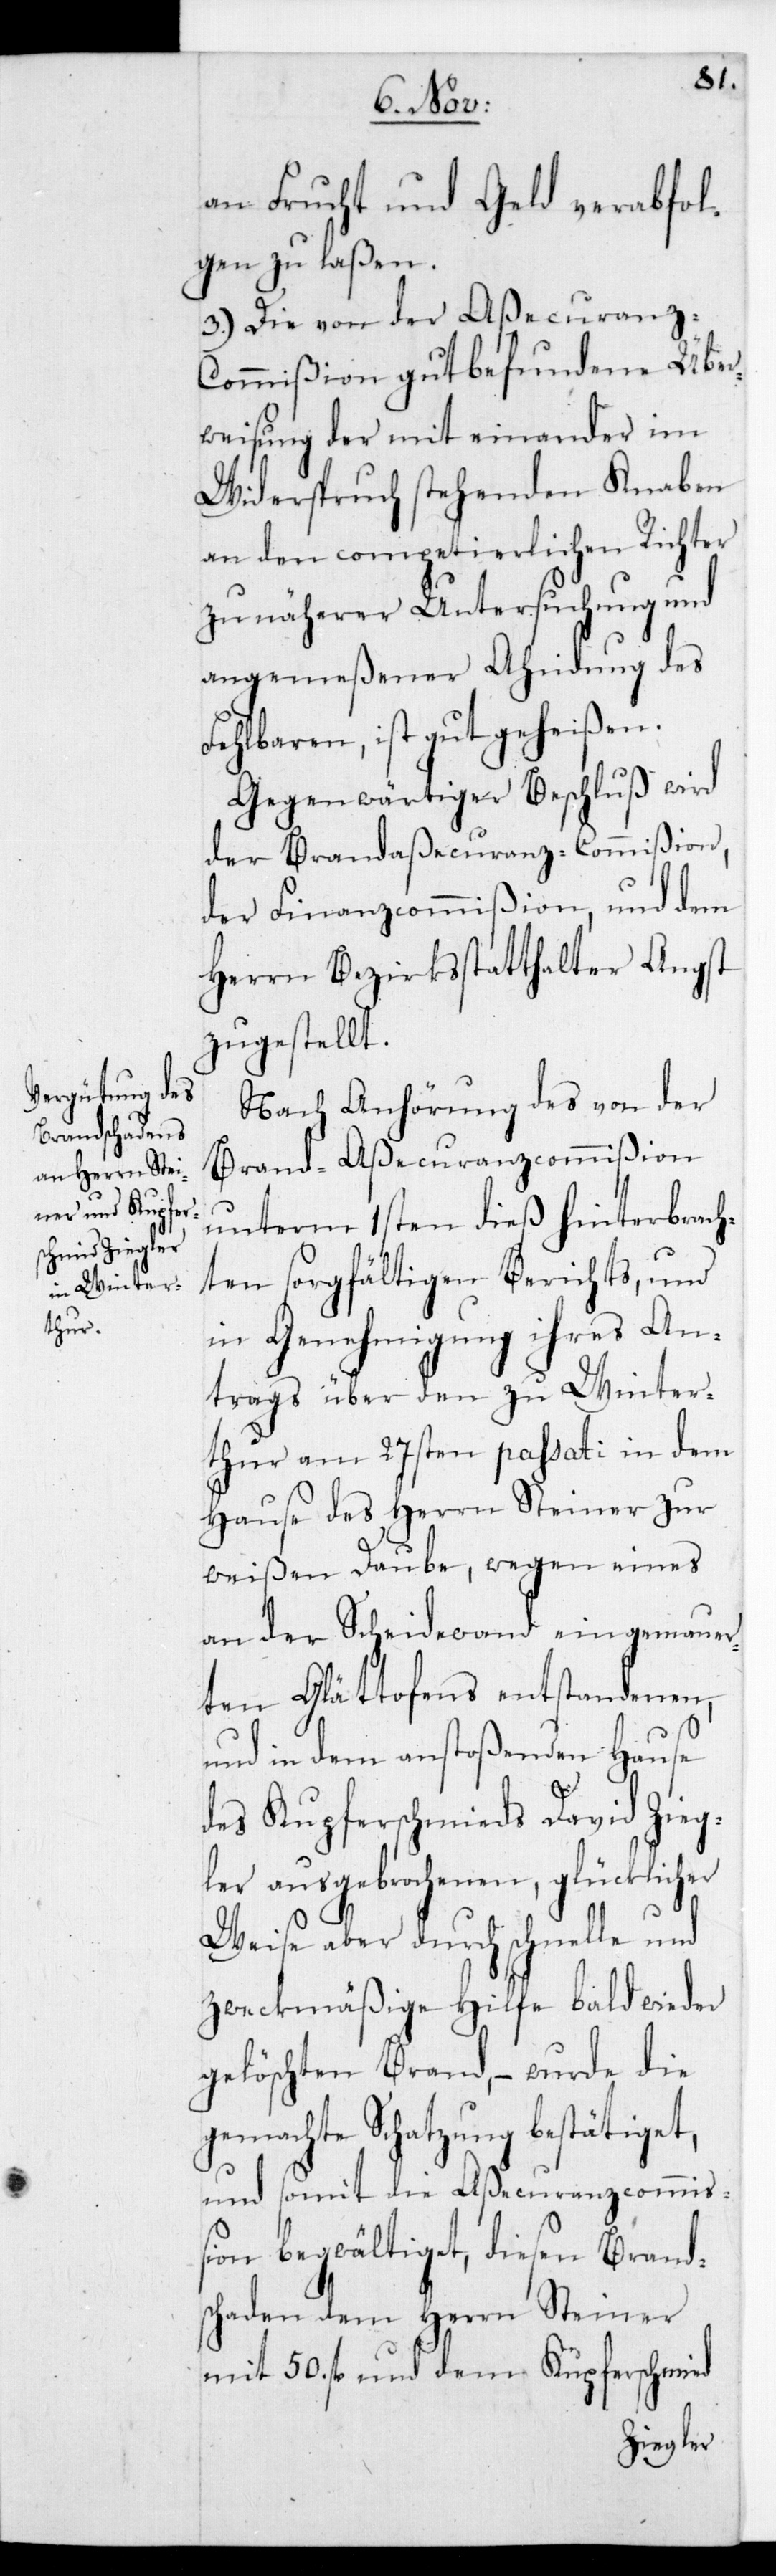
an Frucht und Geld verabfol¬
gen zu laßen.
3.) Die von der Aßecuranz-C¬
ommißion gutbefundene Über¬
weisung der miteinander im
Widerspruch stehenden Knaben
an den competierlichen Richter
zu näherer Untersuchung und
angemeßener Ahndung des
Fehlbaren, ist gutgeheißen.
Gegenwärtiger Beschluß wird
der Brandaßecuranz-Commißion,
der Finanzcommißion und dem
Herrn Bezirksstatthalter Angst
zugestellt.
Nach Anhörung des von der
Brand-Aßecuranzcommißion
unterm 1sten dieß hinterbrach¬
ten sorgfältigen Berichts und
in Genehmigung ihres An¬
trags über den zu Winter¬
thur am 27sten passati in dem
Hause des Herrn Steiner zur
weißen Taube, wegen eines
an der Scheidewand eingemauer¬
ten Glättofens entstandenen,
und in dem anstoßenden Hause
des Kupferschmieds David Zieg¬
ler ausgebrochenen, glücklicher
Weise aber durch schnelle und
zweckmäßige Hilfe bald wieder
gelöschten Brand, – wurde die
gemachte Schatzung bestätiget,
und somit die Aßecuranzcommiß¬
ion begwältiget, diesen Brand¬
schaden dem Herrn Steiner
mit 50. fl. und dem Kupferschmied